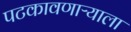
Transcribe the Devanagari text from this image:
पटकावणाऱ्याला